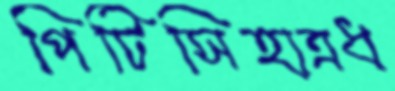
পিটিসিহাত্রধ